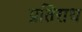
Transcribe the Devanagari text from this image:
प्रतिराध